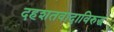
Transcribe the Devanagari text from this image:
दहशतवादाविरुद्ध